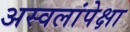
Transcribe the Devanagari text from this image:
अस्वलांपेक्षा